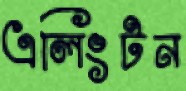
এলিংটন